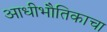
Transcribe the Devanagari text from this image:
आधीभौतिकाचा